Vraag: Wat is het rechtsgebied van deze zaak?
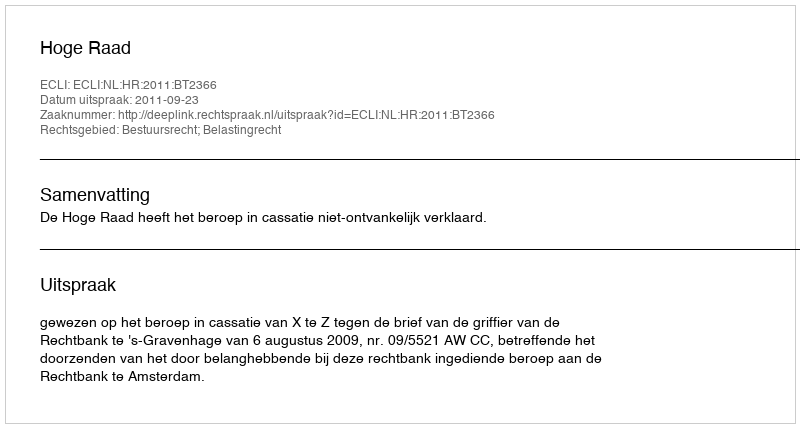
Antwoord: Bestuursrecht; Belastingrecht